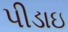
પીડાઇ